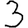
Digit: 3